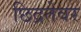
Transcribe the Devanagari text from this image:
छिद्रतेवर